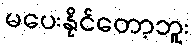
မပေးနိုင်တော့ဘူး